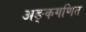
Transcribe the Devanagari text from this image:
अङ्कगणित